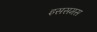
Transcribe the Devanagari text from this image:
इससमस